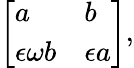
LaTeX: {\left[\begin{array}{ll}{a}&{b}\\ {\epsilon\omega b}&{\epsilon a}\end{array}\right]},